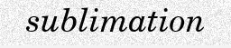
sublimation